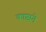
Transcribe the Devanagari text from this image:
काष्ठाने